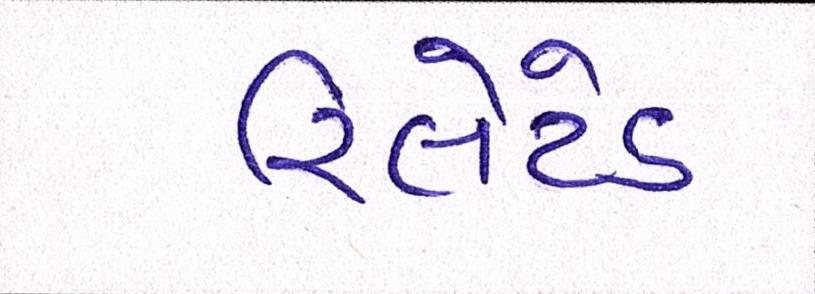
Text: રિલેટેડ